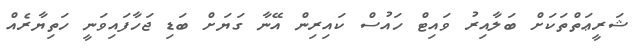
ޝަރީޢަތްތަކަށް ބަލާއިރު ވައިޓް ހައުސް ކައިރިން އޭނާ ގަޔަށް ބަޑި ޖަހާފައިވަނީ ހަތިޔާރެއް